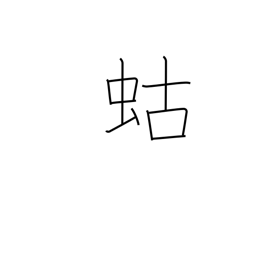
Meaning: mole cricket